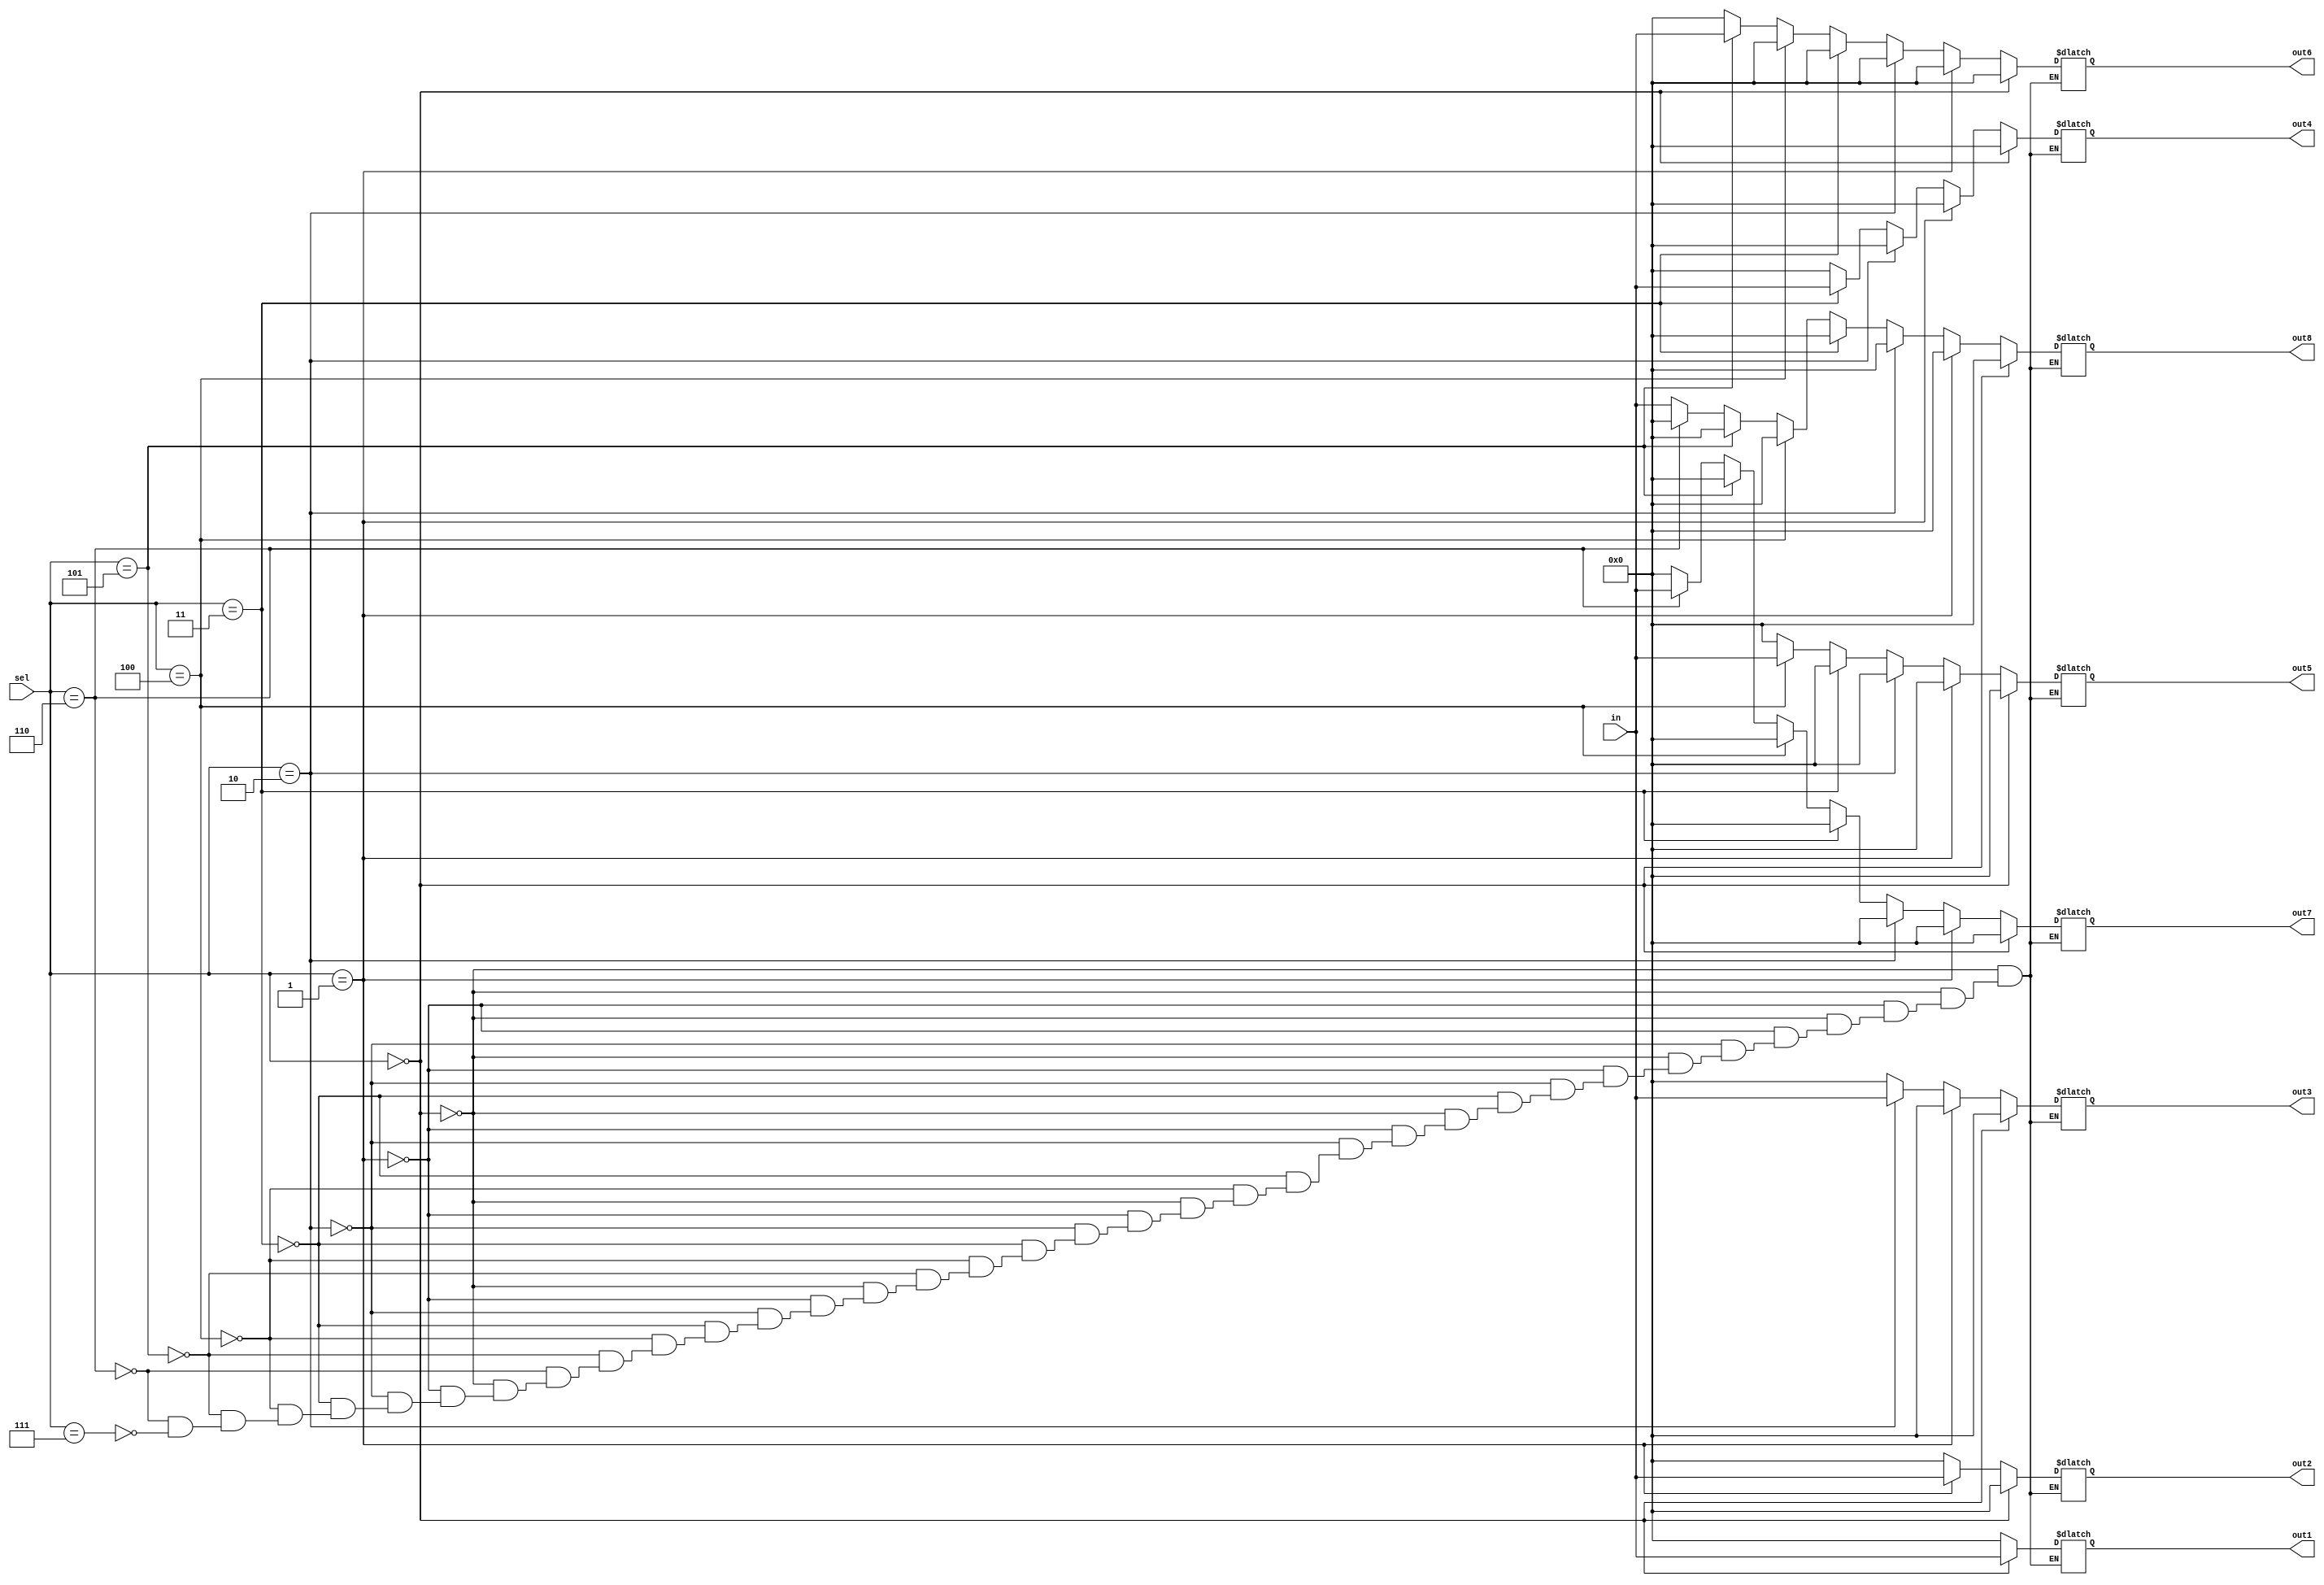
module mux8to1_16bit(in,sel,out1,out2,out3,out4,out5,out6,out7,out8);
parameter width = 16;
input [width-1:0]in;
input [2:0] sel;
output [width-1:0] out1,out2,out3,out4,out5,out6,out7,out8;
reg [width-1:0] out1,out2,out3,out4,out5,out6,out7,out8;

always @ (in or sel)
begin
    if(sel[2:0]=='b000)
    begin
    out1[width-1:0] = in[width-1:0];
    out2[width-1:0]='b0000000000000000;
    out3[width-1:0]='b0000000000000000;
    out4[width-1:0]='b0000000000000000;
    out5[width-1:0]='b0000000000000000;
    out6[width-1:0]='b0000000000000000;
    out7[width-1:0]='b0000000000000000;
    out8[width-1:0]='b0000000000000000;
    end
    else if(sel[2:0]=='b001)
    begin
    out2[width-1:0] = in[width-1:0];
    out1[width-1:0]='b0000000000000000;
    out3[width-1:0]='b0000000000000000;
    out4[width-1:0]='b0000000000000000;
    out5[width-1:0]='b0000000000000000;
    out6[width-1:0]='b0000000000000000;
    out7[width-1:0]='b0000000000000000;
    out8[width-1:0]='b0000000000000000;
    end
    else if(sel[2:0]=='b010)
    begin
    out3[width-1:0] = in[width-1:0];
    out2[width-1:0]='b0000000000000000;
    out1[width-1:0]='b0000000000000000;
    out4[width-1:0]='b0000000000000000;
    out5[width-1:0]='b0000000000000000;
    out6[width-1:0]='b0000000000000000;
    out7[width-1:0]='b0000000000000000;
    out8[width-1:0]='b0000000000000000;
    end
    else if(sel[2:0]=='b011)
    begin
    out4[width-1:0] = in[width-1:0];
    out2[width-1:0]='b0000000000000000;
    out3[width-1:0]='b0000000000000000;
    out1[width-1:0]='b0000000000000000;
    out5[width-1:0]='b0000000000000000;
    out6[width-1:0]='b0000000000000000;
    out7[width-1:0]='b0000000000000000;
    out8[width-1:0]='b0000000000000000;
    end
    else if(sel[2:0]=='b100)
    begin
    out5[width-1:0] = in[width-1:0];
    out2[width-1:0]='b0000000000000000;
    out3[width-1:0]='b0000000000000000;
    out4[width-1:0]='b0000000000000000;
    out1[width-1:0]='b0000000000000000;
    out6[width-1:0]='b0000000000000000;
    out7[width-1:0]='b0000000000000000;
    out8[width-1:0]='b0000000000000000;
    end
    else if(sel[2:0]=='b101)
    begin
    out6[width-1:0] = in[width-1:0];
    out2[width-1:0]='b0000000000000000;
    out3[width-1:0]='b0000000000000000;
    out4[width-1:0]='b0000000000000000;
    out5[width-1:0]='b0000000000000000;
    out1[width-1:0]='b0000000000000000;
    out7[width-1:0]='b0000000000000000;
    out8[width-1:0]='b0000000000000000;
    end
    else if(sel[2:0]=='b110)
    begin
    out7[width-1:0] = in[width-1:0];
    out2[width-1:0]='b0000000000000000;
    out3[width-1:0]='b0000000000000000;
    out4[width-1:0]='b0000000000000000;
    out5[width-1:0]='b0000000000000000;
    out6[width-1:0]='b0000000000000000;
    out1[width-1:0]='b0000000000000000;
    out8[width-1:0]='b0000000000000000;
    end
    else if(sel[2:0]=='b111)
    begin
    out8[width-1:0] = in[width-1:0];
    out2[width-1:0]='b0000000000000000;
    out3[width-1:0]='b0000000000000000;
    out4[width-1:0]='b0000000000000000;
    out5[width-1:0]='b0000000000000000;
    out6[width-1:0]='b0000000000000000;
    out7[width-1:0]='b0000000000000000;
    out1[width-1:0]='b0000000000000000;
    end
end 

endmodule